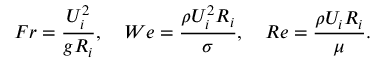
F r = \frac { U _ { i } ^ { 2 } } { g R _ { i } } , \quad W e = \frac { \rho U _ { i } ^ { 2 } R _ { i } } { \sigma } , \quad R e = \frac { \rho U _ { i } R _ { i } } { \mu } .